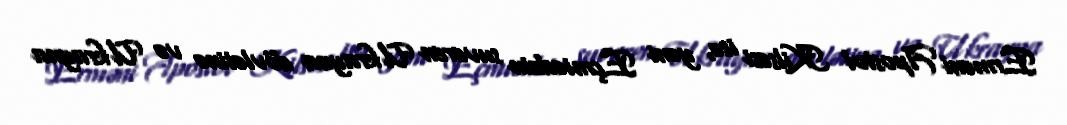
Erməni Apostol Kilsəsi isə, yəni Eçmiədzin suveren Ukrayna dövlətinə və Ukrayna